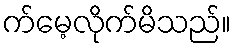
က်မေ့လိုက်မိသည်။